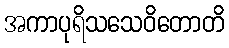
အကာပုရိသသေဝိတောတိ